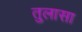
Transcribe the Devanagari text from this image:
तुलासा